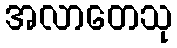
အလာတေသု